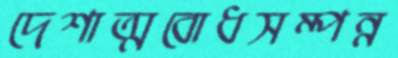
দেশাত্মবোধসম্পন্ন